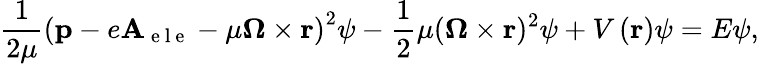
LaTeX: \frac{1}{2\mu}\left(\mathbf{p}-e\mathbf{A}_{\mathrm{~e~l~e~}}-\mu\boldsymbol{\Omega}\times\mathbf{r}\right)^{2}\psi-\frac{1}{2}\mu(\boldsymbol{\Omega}\times\mathbf{r})^{2}\psi+V\left(\mathbf{r}\right)\psi=E\psi,